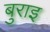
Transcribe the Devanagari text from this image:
बुराइ